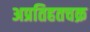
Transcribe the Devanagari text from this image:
अप्रतिहतचक्र